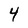
Character: 4